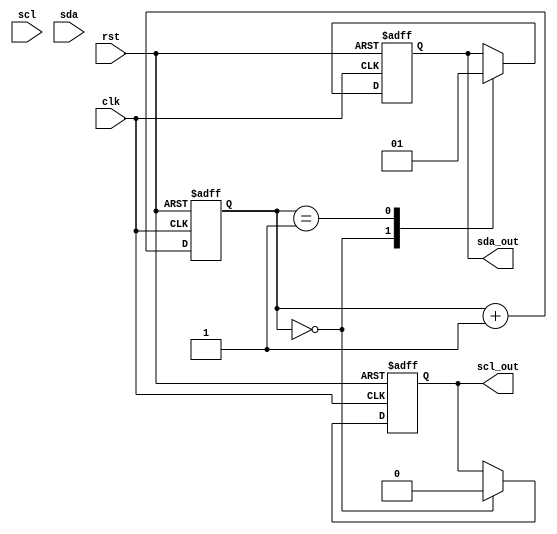
module i2c_timing_control(
    input wire clk,
    input wire rst,
    input wire scl,
    input wire sda,
    output reg scl_out,
    output reg sda_out
);

reg [7:0] count;

always @(posedge clk or posedge rst) begin
    if (rst) begin
        count <= 8'b0;
        scl_out <= 1'b1; // SCL high by default
        sda_out <= 1'b1; // SDA high by default
    end else begin
        case (count)
            0: begin
                scl_out <= 1'b0; // Generate start condition
                sda_out <= 1'b0;
            end
            1: begin
                sda_out <= 1'b1; // Release SDA line for slave acknowledgment
            end
            // Add more cases for clock stretching, data polling, and arbitration
            default: begin
                // Handle data transmission/reception
            end
        endcase
        
        count <= count + 1;
    end
end

endmodule